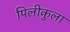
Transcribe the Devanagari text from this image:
पिलीकुला